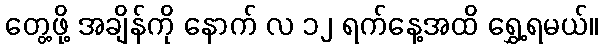
တွေ့ဖို့ အချိန်ကို နောက် လ ၁၂ ရက်နေ့အထိ ရွှေ့ရမယ်။